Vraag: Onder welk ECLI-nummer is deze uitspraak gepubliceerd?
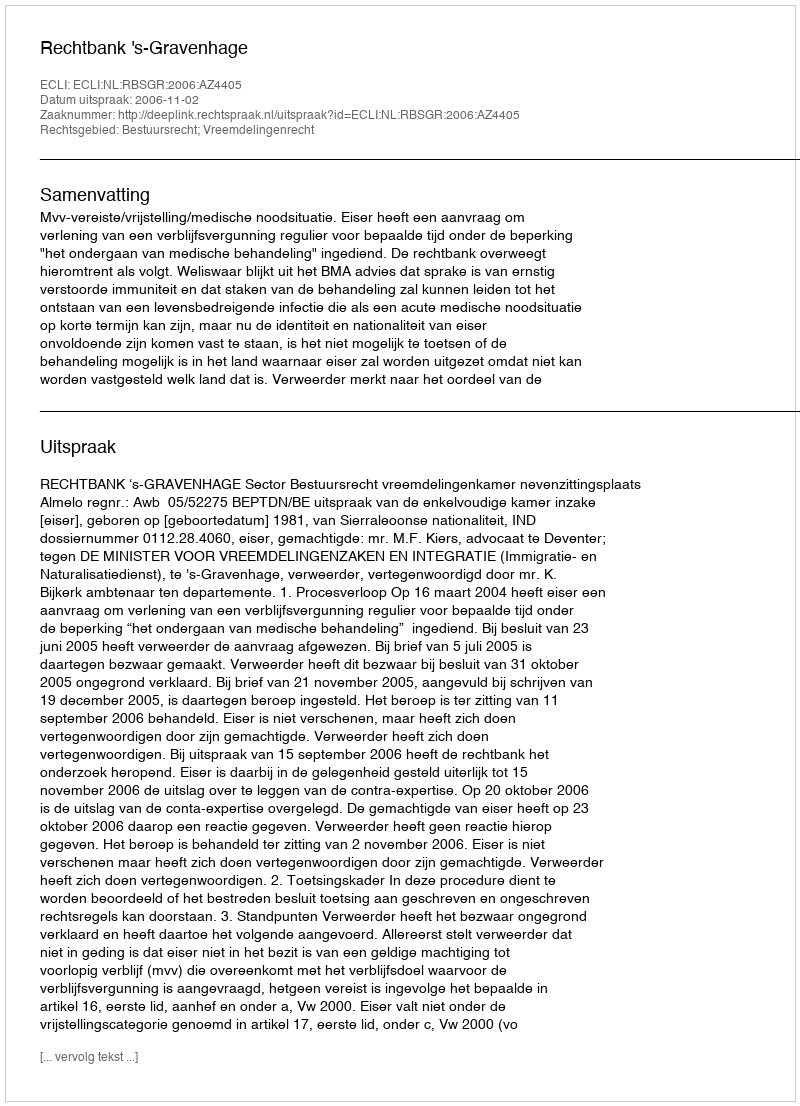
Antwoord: ECLI:NL:RBSGR:2006:AZ4405